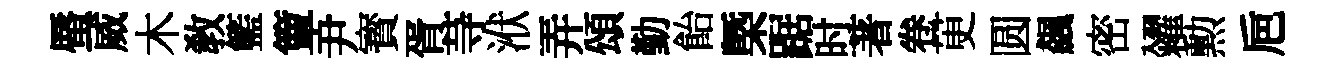
蜃威木教籃簟尹寳胥䒭洑弄頌勤飴㮣踞时著卷茰圆飆密糴勲巵